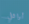
أوائل